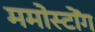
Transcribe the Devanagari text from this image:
ममोस्टोंग